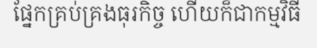
ផ្នែកគ្រប់គ្រងធុរកិច្ច ហើយក៏ជាកម្មវិធី